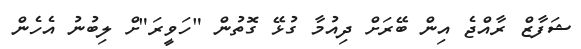
ޝަފާޒް ރާއްޖެ އިން ބޭރަށް ދިއުމާ ގުޅޭ ގޮތުން "ހަވީރަ"ށް ލިބުނު އެހެން